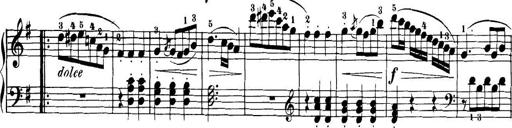
Title: 32 Sonatinas and Rondos for the Piano
Composer: Richard Kleinmichel